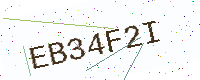
Text: EB34F2I